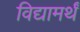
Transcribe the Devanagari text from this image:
विद्यामर्थं